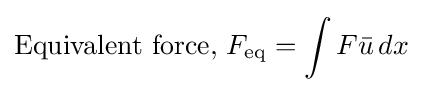
{\text{Equivalent force, }}F_{\text{eq}}=\int F{\bar {u}}\,dx